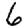
Digit: 6